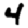
Digit: 4